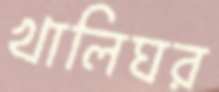
খালিঘর